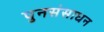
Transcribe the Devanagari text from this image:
पुनसंसाधन